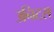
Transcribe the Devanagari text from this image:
उनिटस